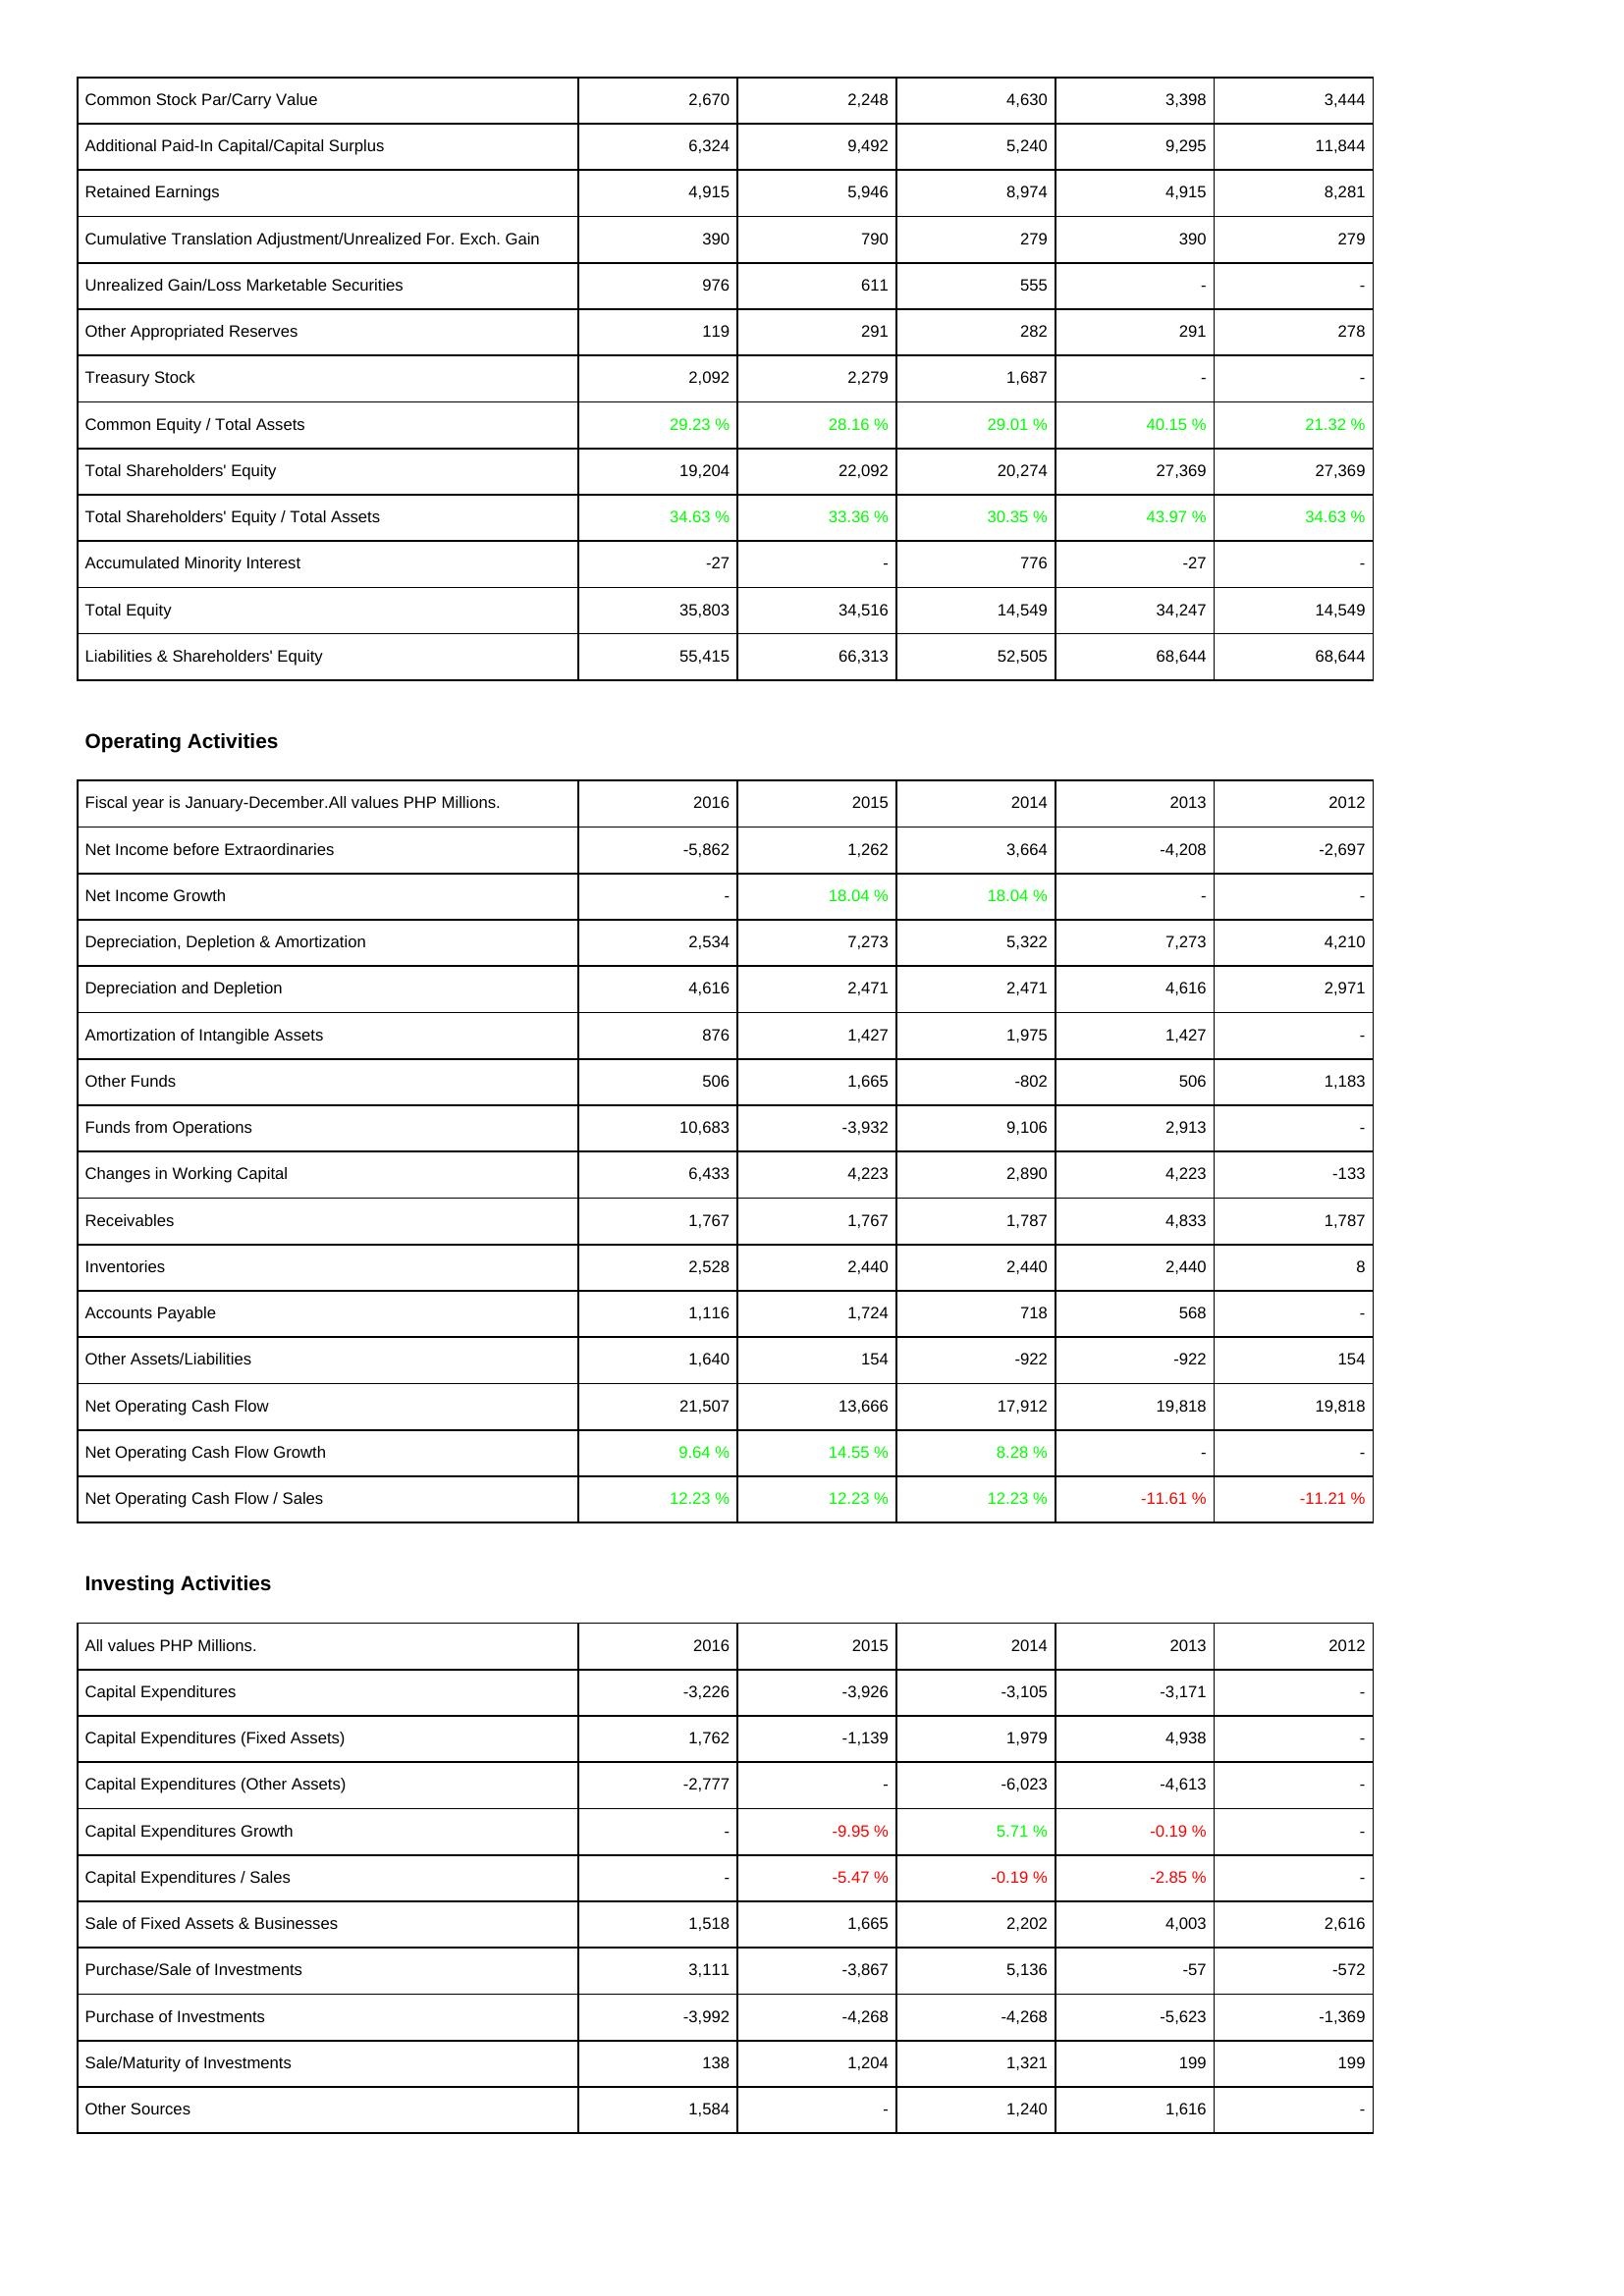
2016: Liabilities & Shareholders' Equity: Common Stock Par/Carry Value: 2,670
Additional Paid-In Capital/Capital Surplus: 6,324
Retained Earnings: 4,915
Cumulative Translation Adjustment/Unrealized For. Exch. Gain: 390
Unrealized Gain/Loss Marketable Securities: 976
Other Appropriated Reserves: 119
Treasury Stock: 2,092
Common Equity / Total Assets: 29.23 %
Total Shareholders' Equity: 19,204
Total Shareholders' Equity / Total Assets: 34.63 %
Accumulated Minority Interest: -27
Total Equity: 35,803
Liabilities & Shareholders' Equity: 55,415
Operating Activities: Net Income before Extraordinaries: -5,862
Net Income Growth: -
Depreciation, Depletion & Amortization: 2,534
Depreciation and Depletion: 4,616
Amortization of Intangible Assets: 876
Other Funds: 506
Funds from Operations: 10,683
Changes in Working Capital: 6,433
Receivables: 1,767
Inventories: 2,528
Accounts Payable: 1,116
Other Assets/Liabilities: 1,640
Net Operating Cash Flow: 21,507
Net Operating Cash Flow Growth: 9.64 %
Net Operating Cash Flow / Sales: 12.23 %
Investing Activities: Capital Expenditures: -3,226
Capital Expenditures (Fixed Assets): 1,762
Capital Expenditures (Other Assets): -2,777
Capital Expenditures Growth: -
Capital Expenditures / Sales: -
Sale of Fixed Assets & Businesses: 1,518
Purchase/Sale of Investments: 3,111
Purchase of Investments: -3,992
Sale/Maturity of Investments: 138
Other Sources: 1,584
2015: Liabilities & Shareholders' Equity: Common Stock Par/Carry Value: 2,248
Additional Paid-In Capital/Capital Surplus: 9,492
Retained Earnings: 5,946
Cumulative Translation Adjustment/Unrealized For. Exch. Gain: 790
Unrealized Gain/Loss Marketable Securities: 611
Other Appropriated Reserves: 291
Treasury Stock: 2,279
Common Equity / Total Assets: 28.16 %
Total Shareholders' Equity: 22,092
Total Shareholders' Equity / Total Assets: 33.36 %
Accumulated Minority Interest: -
Total Equity: 34,516
Liabilities & Shareholders' Equity: 66,313
Operating Activities: Net Income before Extraordinaries: 1,262
Net Income Growth: 18.04 %
Depreciation, Depletion & Amortization: 7,273
Depreciation and Depletion: 2,471
Amortization of Intangible Assets: 1,427
Other Funds: 1,665
Funds from Operations: -3,932
Changes in Working Capital: 4,223
Receivables: 1,767
Inventories: 2,440
Accounts Payable: 1,724
Other Assets/Liabilities: 154
Net Operating Cash Flow: 13,666
Net Operating Cash Flow Growth: 14.55 %
Net Operating Cash Flow / Sales: 12.23 %
Investing Activities: Capital Expenditures: -3,926
Capital Expenditures (Fixed Assets): -1,139
Capital Expenditures (Other Assets): -
Capital Expenditures Growth: -9.95 %
Capital Expenditures / Sales: -5.47 %
Sale of Fixed Assets & Businesses: 1,665
Purchase/Sale of Investments: -3,867
Purchase of Investments: -4,268
Sale/Maturity of Investments: 1,204
Other Sources: -
2014: Liabilities & Shareholders' Equity: Common Stock Par/Carry Value: 4,630
Additional Paid-In Capital/Capital Surplus: 5,240
Retained Earnings: 8,974
Cumulative Translation Adjustment/Unrealized For. Exch. Gain: 279
Unrealized Gain/Loss Marketable Securities: 555
Other Appropriated Reserves: 282
Treasury Stock: 1,687
Common Equity / Total Assets: 29.01 %
Total Shareholders' Equity: 20,274
Total Shareholders' Equity / Total Assets: 30.35 %
Accumulated Minority Interest: 776
Total Equity: 14,549
Liabilities & Shareholders' Equity: 52,505
Operating Activities: Net Income before Extraordinaries: 3,664
Net Income Growth: 18.04 %
Depreciation, Depletion & Amortization: 5,322
Depreciation and Depletion: 2,471
Amortization of Intangible Assets: 1,975
Other Funds: -802
Funds from Operations: 9,106
Changes in Working Capital: 2,890
Receivables: 1,787
Inventories: 2,440
Accounts Payable: 718
Other Assets/Liabilities: -922
Net Operating Cash Flow: 17,912
Net Operating Cash Flow Growth: 8.28 %
Net Operating Cash Flow / Sales: 12.23 %
Investing Activities: Capital Expenditures: -3,105
Capital Expenditures (Fixed Assets): 1,979
Capital Expenditures (Other Assets): -6,023
Capital Expenditures Growth: 5.71 %
Capital Expenditures / Sales: -0.19 %
Sale of Fixed Assets & Businesses: 2,202
Purchase/Sale of Investments: 5,136
Purchase of Investments: -4,268
Sale/Maturity of Investments: 1,321
Other Sources: 1,240
2013: Liabilities & Shareholders' Equity: Common Stock Par/Carry Value: 3,398
Additional Paid-In Capital/Capital Surplus: 9,295
Retained Earnings: 4,915
Cumulative Translation Adjustment/Unrealized For. Exch. Gain: 390
Unrealized Gain/Loss Marketable Securities: -
Other Appropriated Reserves: 291
Treasury Stock: -
Common Equity / Total Assets: 40.15 %
Total Shareholders' Equity: 27,369
Total Shareholders' Equity / Total Assets: 43.97 %
Accumulated Minority Interest: -27
Total Equity: 34,247
Liabilities & Shareholders' Equity: 68,644
Operating Activities: Net Income before Extraordinaries: -4,208
Net Income Growth: -
Depreciation, Depletion & Amortization: 7,273
Depreciation and Depletion: 4,616
Amortization of Intangible Assets: 1,427
Other Funds: 506
Funds from Operations: 2,913
Changes in Working Capital: 4,223
Receivables: 4,833
Inventories: 2,440
Accounts Payable: 568
Other Assets/Liabilities: -922
Net Operating Cash Flow: 19,818
Net Operating Cash Flow Growth: -
Net Operating Cash Flow / Sales: -11.61 %
Investing Activities: Capital Expenditures: -3,171
Capital Expenditures (Fixed Assets): 4,938
Capital Expenditures (Other Assets): -4,613
Capital Expenditures Growth: -0.19 %
Capital Expenditures / Sales: -2.85 %
Sale of Fixed Assets & Businesses: 4,003
Purchase/Sale of Investments: -57
Purchase of Investments: -5,623
Sale/Maturity of Investments: 199
Other Sources: 1,616
2012: Liabilities & Shareholders' Equity: Common Stock Par/Carry Value: 3,444
Additional Paid-In Capital/Capital Surplus: 11,844
Retained Earnings: 8,281
Cumulative Translation Adjustment/Unrealized For. Exch. Gain: 279
Unrealized Gain/Loss Marketable Securities: -
Other Appropriated Reserves: 278
Treasury Stock: -
Common Equity / Total Assets: 21.32 %
Total Shareholders' Equity: 27,369
Total Shareholders' Equity / Total Assets: 34.63 %
Accumulated Minority Interest: -
Total Equity: 14,549
Liabilities & Shareholders' Equity: 68,644
Operating Activities: Net Income before Extraordinaries: -2,697
Net Income Growth: -
Depreciation, Depletion & Amortization: 4,210
Depreciation and Depletion: 2,971
Amortization of Intangible Assets: -
Other Funds: 1,183
Funds from Operations: -
Changes in Working Capital: -133
Receivables: 1,787
Inventories: 8
Accounts Payable: -
Other Assets/Liabilities: 154
Net Operating Cash Flow: 19,818
Net Operating Cash Flow Growth: -
Net Operating Cash Flow / Sales: -11.21 %
Investing Activities: Capital Expenditures: -
Capital Expenditures (Fixed Assets): -
Capital Expenditures (Other Assets): -
Capital Expenditures Growth: -
Capital Expenditures / Sales: -
Sale of Fixed Assets & Businesses: 2,616
Purchase/Sale of Investments: -572
Purchase of Investments: -1,369
Sale/Maturity of Investments: 199
Other Sources: -